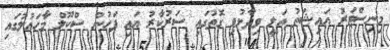
މިނިސްޓަރު އައިޝަތު އަލީ ވިދާޅުވި ގޮތުގައި ސަރުކާރު އައި ފަހުން ސްކޫލް މާހައުލުގައި